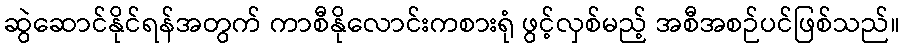
ဆွဲဆောင်နိုင်ရန်အတွက် ကာစီနိုလောင်းကစားရုံ ဖွင့်လှစ်မည့် အစီအစဉ်ပင်ဖြစ်သည်။